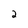
Character: 2